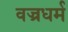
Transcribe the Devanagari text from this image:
वज्रधर्म